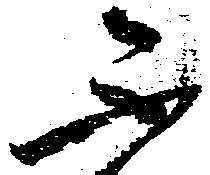
ふ